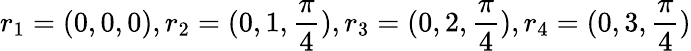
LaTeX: r_{1}=(0,0,0),r_{2}=(0,1,\frac{\pi}{4}),r_{3}=(0,2,\frac{\pi}{4}),r_{4}=(0,3,\frac{\pi}{4})